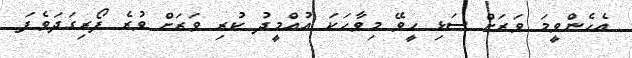
އެހެންވީމަ ވަރަށް ސަޅި ހީވޭ މިވާހަކަ އުއްމީދު ކުރި ވަރަށް ވުރެ ފޯރިގަދަވެފަ